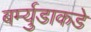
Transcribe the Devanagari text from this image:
बर्म्युडाकडे